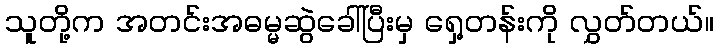
သူတို့က အတင်းအဓမ္မဆွဲခေါ်ပြီးမှ ရှေ့တန်းကို လွှတ်တယ်။